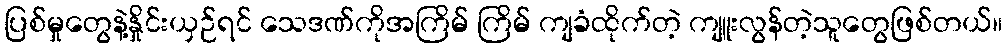
ပြစ်မှုတွေနဲ့နှိုင်းယှဉ်ရင် သေဒဏ်ကိုအကြိမ် ကြိမ် ကျခံထိုက်တဲ့ ကျူးလွန်တဲ့သူတွေဖြစ်တယ်။